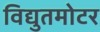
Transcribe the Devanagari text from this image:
विद्युतमोटर